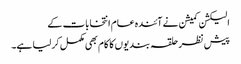
الیکشن کمیشن نے آئندہ عام انتخابات کے
پیش نظر حلقہ بندیوں کا کام بھی مکمل کرلیا ہے۔